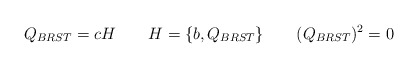
\begin{align*}Q_{BRST} = c H \qquad H= \{ b, Q_{BRST} \} \qquad (Q_{BRST})^2=0\end{align*}